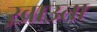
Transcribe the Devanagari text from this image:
ख़ाउता